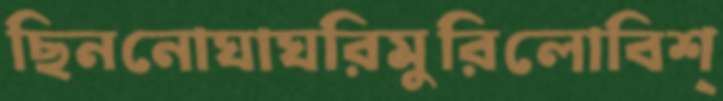
ছিননোঘাঘরিমুরিলোবিশ্